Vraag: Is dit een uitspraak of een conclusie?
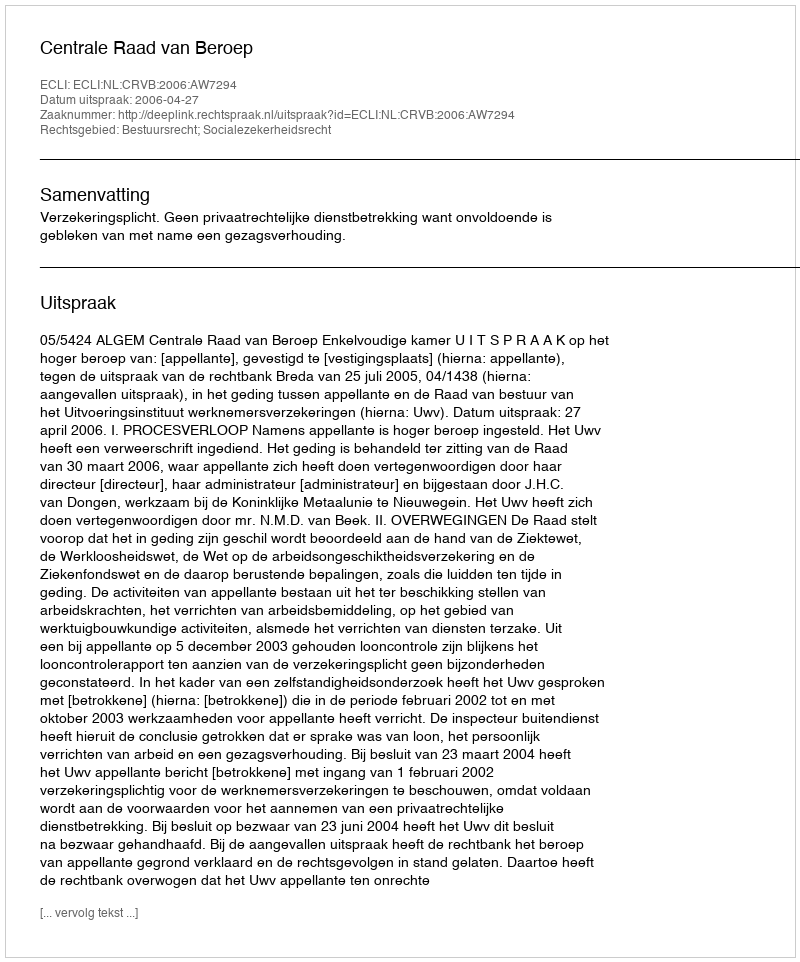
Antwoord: Uitspraak